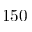
1 5 0